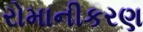
રોમાનીકરણ